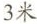
3米